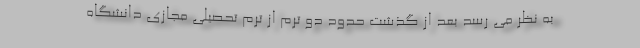
به نظر می رسد بعد از گذشت حدود دو ترم از ترم تحصیلی مجازی دانشگاه